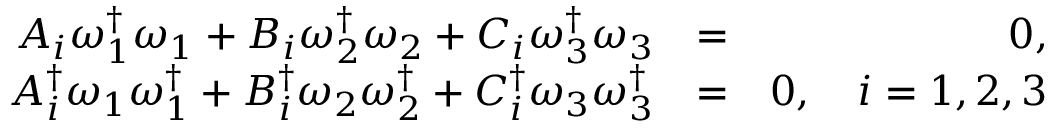
\begin{array} { r l r } { A _ { i } \omega _ { 1 } ^ { \dagger } \omega _ { 1 } + B _ { i } \omega _ { 2 } ^ { \dagger } \omega _ { 2 } + C _ { i } \omega _ { 3 } ^ { \dagger } \omega _ { 3 } } & { = } & { 0 , } \\ { A _ { i } ^ { \dagger } \omega _ { 1 } \omega _ { 1 } ^ { \dagger } + B _ { i } ^ { \dagger } \omega _ { 2 } \omega _ { 2 } ^ { \dagger } + C _ { i } ^ { \dagger } \omega _ { 3 } \omega _ { 3 } ^ { \dagger } } & { = } & { 0 , \quad i = 1 , 2 , 3 } \end{array}